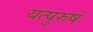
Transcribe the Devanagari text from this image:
यत्पुरुषं